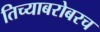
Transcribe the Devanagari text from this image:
तिच्याबरोबरच